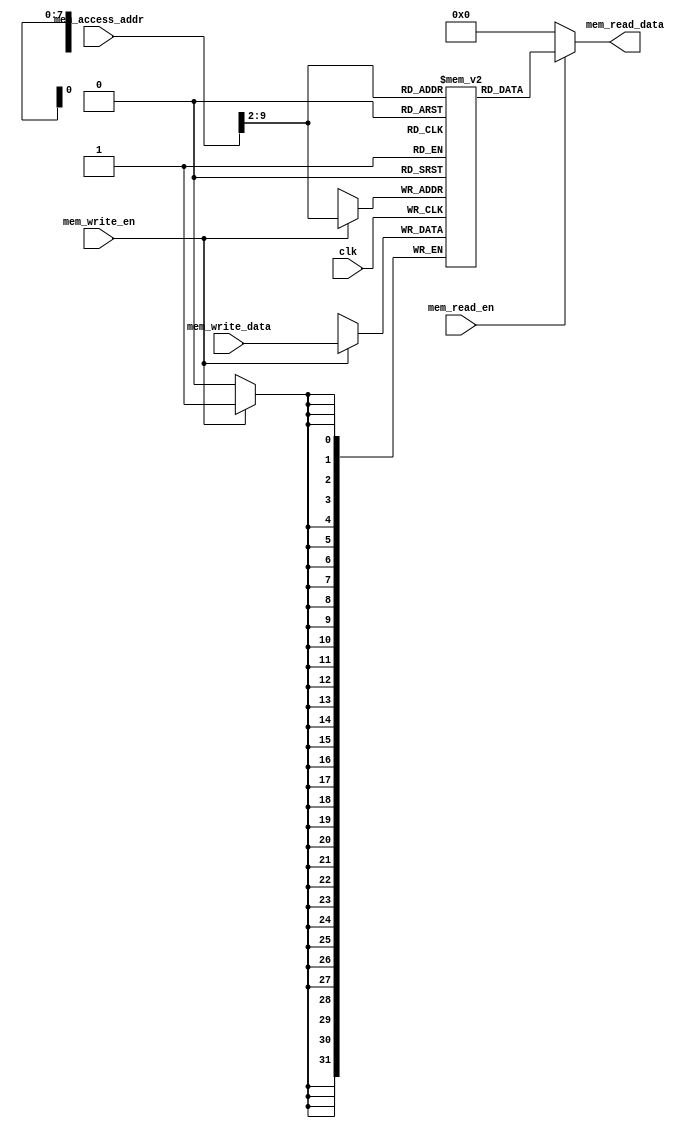
`timescale 1ns / 1ps
//////////////////////////////////////////////////////////////////////////////////
// Company: 
// 
// Design Name: 
// Module Name: data_memory
// Project Name: 
// Target Devices: 
// Tool Versions: 
// Description: 
// 
// Dependencies: 
// 
// Revision:
// Revision 0.01 - File Created
// Additional Comments:
// 
//////////////////////////////////////////////////////////////////////////////////

module data_memory(
    input clk,
    input [31:0] mem_access_addr,
    input [31:0] mem_write_data,
    input mem_write_en,
    input mem_read_en,
    output [31:0] mem_read_data);
    
    integer i;  
    reg [31:0] ram [255:0];  
    wire [7 : 0] ram_addr = mem_access_addr[9 : 2];  
    
    initial 
    begin  
        for(i=0;i<256;i=i+1)  
            ram[i] <= 32'd0;  
        end  
        always @(posedge clk) begin  
            if (mem_write_en)  
                ram[ram_addr] <= mem_write_data;  
            end  
      
      assign mem_read_data = (mem_read_en==1'b1) ? ram[ram_addr]: 32'd0;
      
endmodule